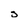
Character: s